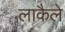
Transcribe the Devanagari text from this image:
लाकैले